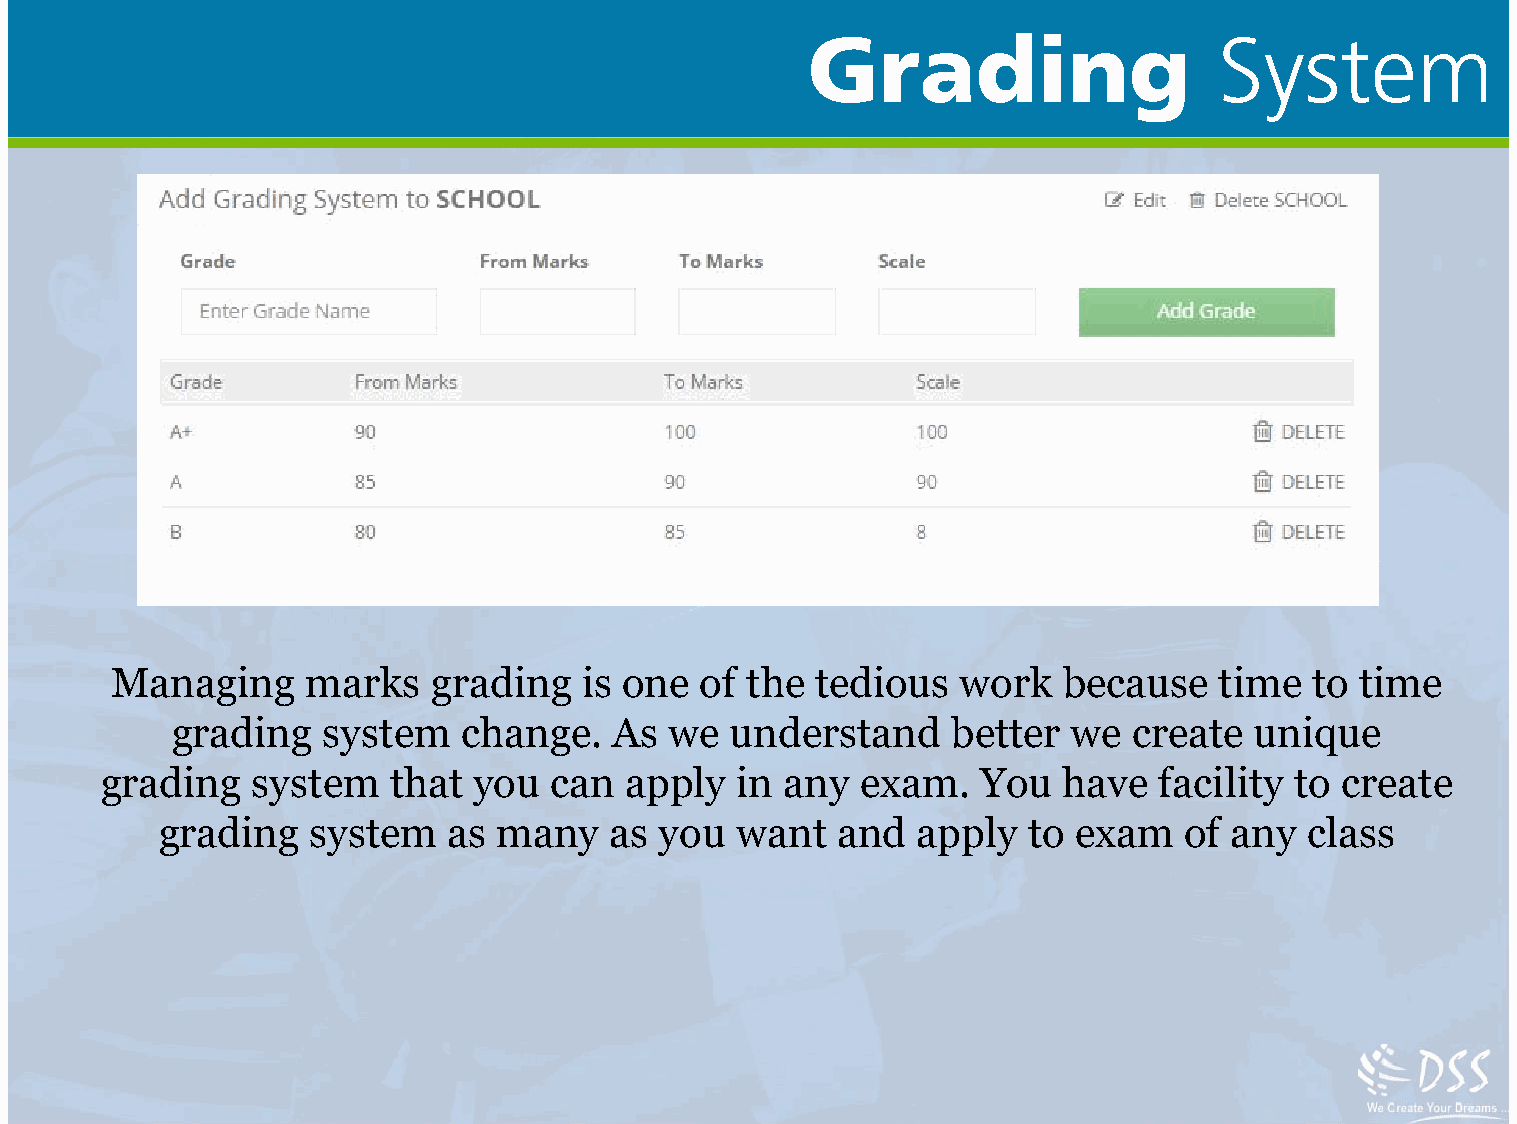
Grading                    System
 Managing     marks   grading   is one  of the  tedious  work   because   time   to time
 grading   system   change.   As  we  understand     better  we  create  unique
 grading   system   that you  can  apply   in any  exam.   You  have   facility to create
 grading   system   as  many   as  you  want  and   apply  to exam   of any  class